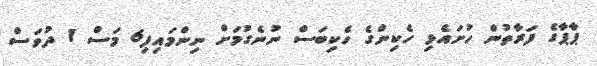
ޕާޕާގެ ފަރާތުން ހުށައެޅި ހެކިންގެ ހެކިބަސް ނުނެގުމަށް ނިންމައިފި6 މަސް 1 ދުވަސް